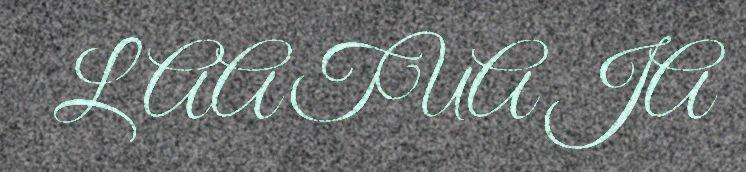
LAATUA JA